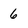
Character: 6